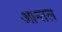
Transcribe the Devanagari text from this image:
आन्तल